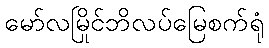
မော်လမြိုင်ဘိလပ်မြေစက်ရုံ